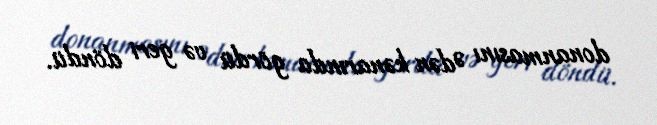
donanmasını Ədən kənarında gördü və geri döndü.